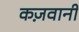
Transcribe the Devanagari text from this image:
कज़वानी